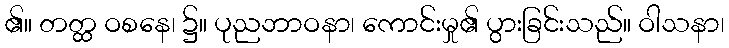
၏။ တတ္ထ ဝစနေ၊ ၌။ ပုညဘာဝနာ၊ ကောင်းမှု၏ ပွားခြင်းသည်။ ဝါသနာ၊